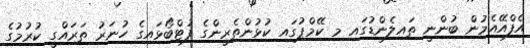
އެފްއޭއެމުން ބުންނީ ތައިލެންޑުގައި މި ކޭމްޕުގައި ކުޅުންތެރީންގެ ފުޓްބޯޅައިގެ ހުނަރު ތަރައްގީ ކުރުމުގެ